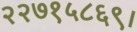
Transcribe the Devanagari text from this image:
२२७१५८६९।